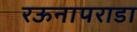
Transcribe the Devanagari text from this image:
रऊनापराडा